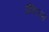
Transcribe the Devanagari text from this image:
डॅक्टिल्स